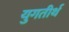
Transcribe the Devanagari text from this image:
युगतीर्थ